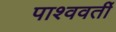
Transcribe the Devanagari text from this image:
पाश्ववर्ती